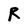
Character: R